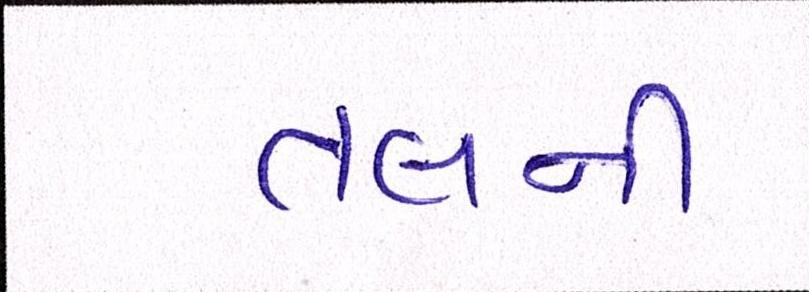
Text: તલની